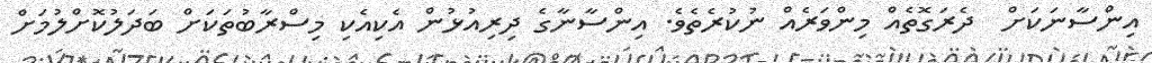
އިންސާނަކަށް  ދެރަގޮތެއް މިންވަރެއް ނުކުރެތެވެ. އިންސާނާގެ ދިރިއުޅުން އެކިއެކި މިސްރާބުތަކަށް ބަދަލުކޮށްލުމަށް